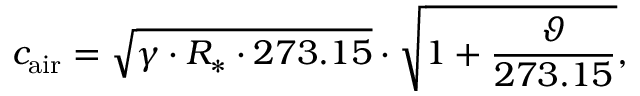
c _ { \mathrm { a i r } } = { \sqrt { \gamma \cdot R _ { * } \cdot 2 7 3 . 1 5 } } \cdot { \sqrt { 1 + { \frac { \vartheta } { 2 7 3 . 1 5 } } } } ,